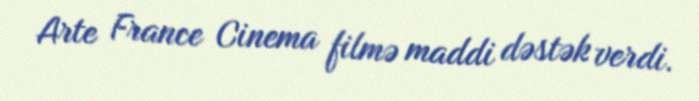
Arte France Cinema filmə maddi dəstək verdi.